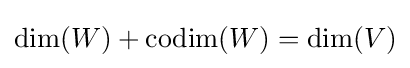
\dim(W)+\operatorname {codim} (W)=\dim(V)